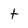
Character: t